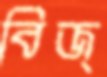
বিজ্